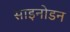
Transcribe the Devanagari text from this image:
साइनोडन